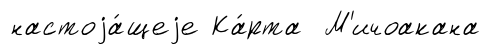
настоjа́щеjе Ка́рта М'ичоакана